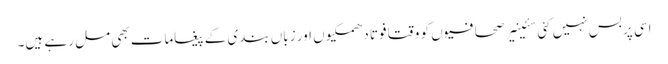
اسی پر بس نہیں کئی سئینیر صحافیوں کو وقتا فوتا دھمکیوں اور زباں بندی کے پیغامات بھی مل رہے ہیں۔